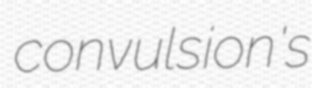
convulsion's